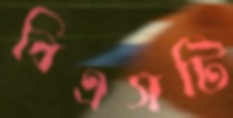
বিএসটি